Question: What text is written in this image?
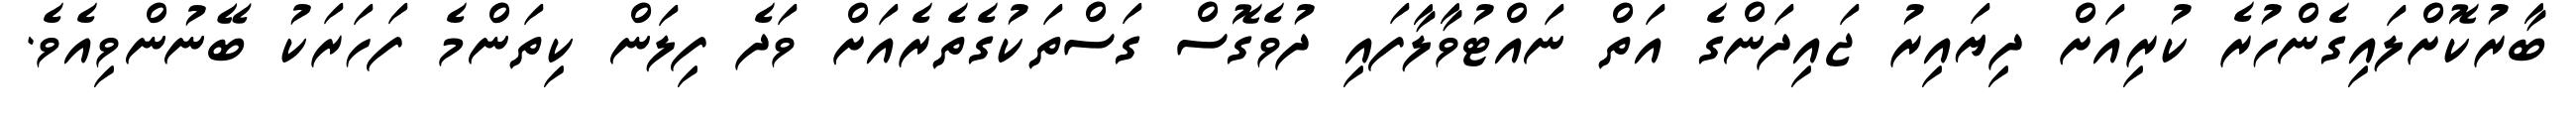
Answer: ބާރުކޮށްލައިގެންހުރެ ކުރިއަށް ދިޔައިރު ޖައިދަންގެ އަތް ނައްޓުވާލާފައި ދުވެގޮސް ގަސްތަކުގެތެރެއަށް ވަދެ ފިލަން ކިތަންމެ ފަހަރަކު ބޭނުންވިއެވެ.